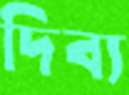
দিব্য